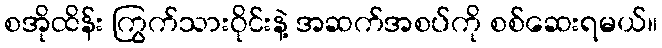
စအိုထိန်း ကြွက်သားဝိုင်းနဲ့ အဆက်အစပ်ကို စစ်ဆေးရမယ်။